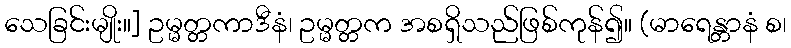
သေခြင်းမျိုး။] ဥမ္မတ္တကာဒီနံ၊ ဥမ္မတ္တက အစရှိသည်ဖြစ်ကုန်၍။ (မာရေန္တာနံ စ၊